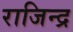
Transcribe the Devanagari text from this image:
राजिन्द्र